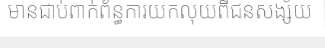
មានជាប់ពាក់ព័ន្ធការយកលុយពីជនសង្ស័យ